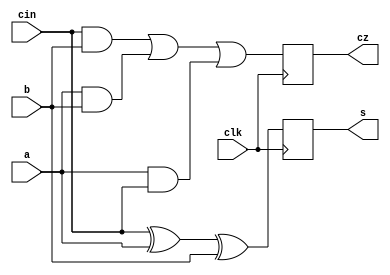
module half_adder(a, b, clk, cin, s, cz);
  input wire a, clk;
  input wire b, cin;
  output reg s;
  output reg cz;
  always@(posedge clk) begin
    s <= cin ^ a ^ b;
    cz <= ((cin & b) | (a & b) | (a & cin));
    end
endmodule

//Note: no need to use clock, used clock here only to make the output display properly